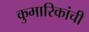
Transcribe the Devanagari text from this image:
कुमारिकांची